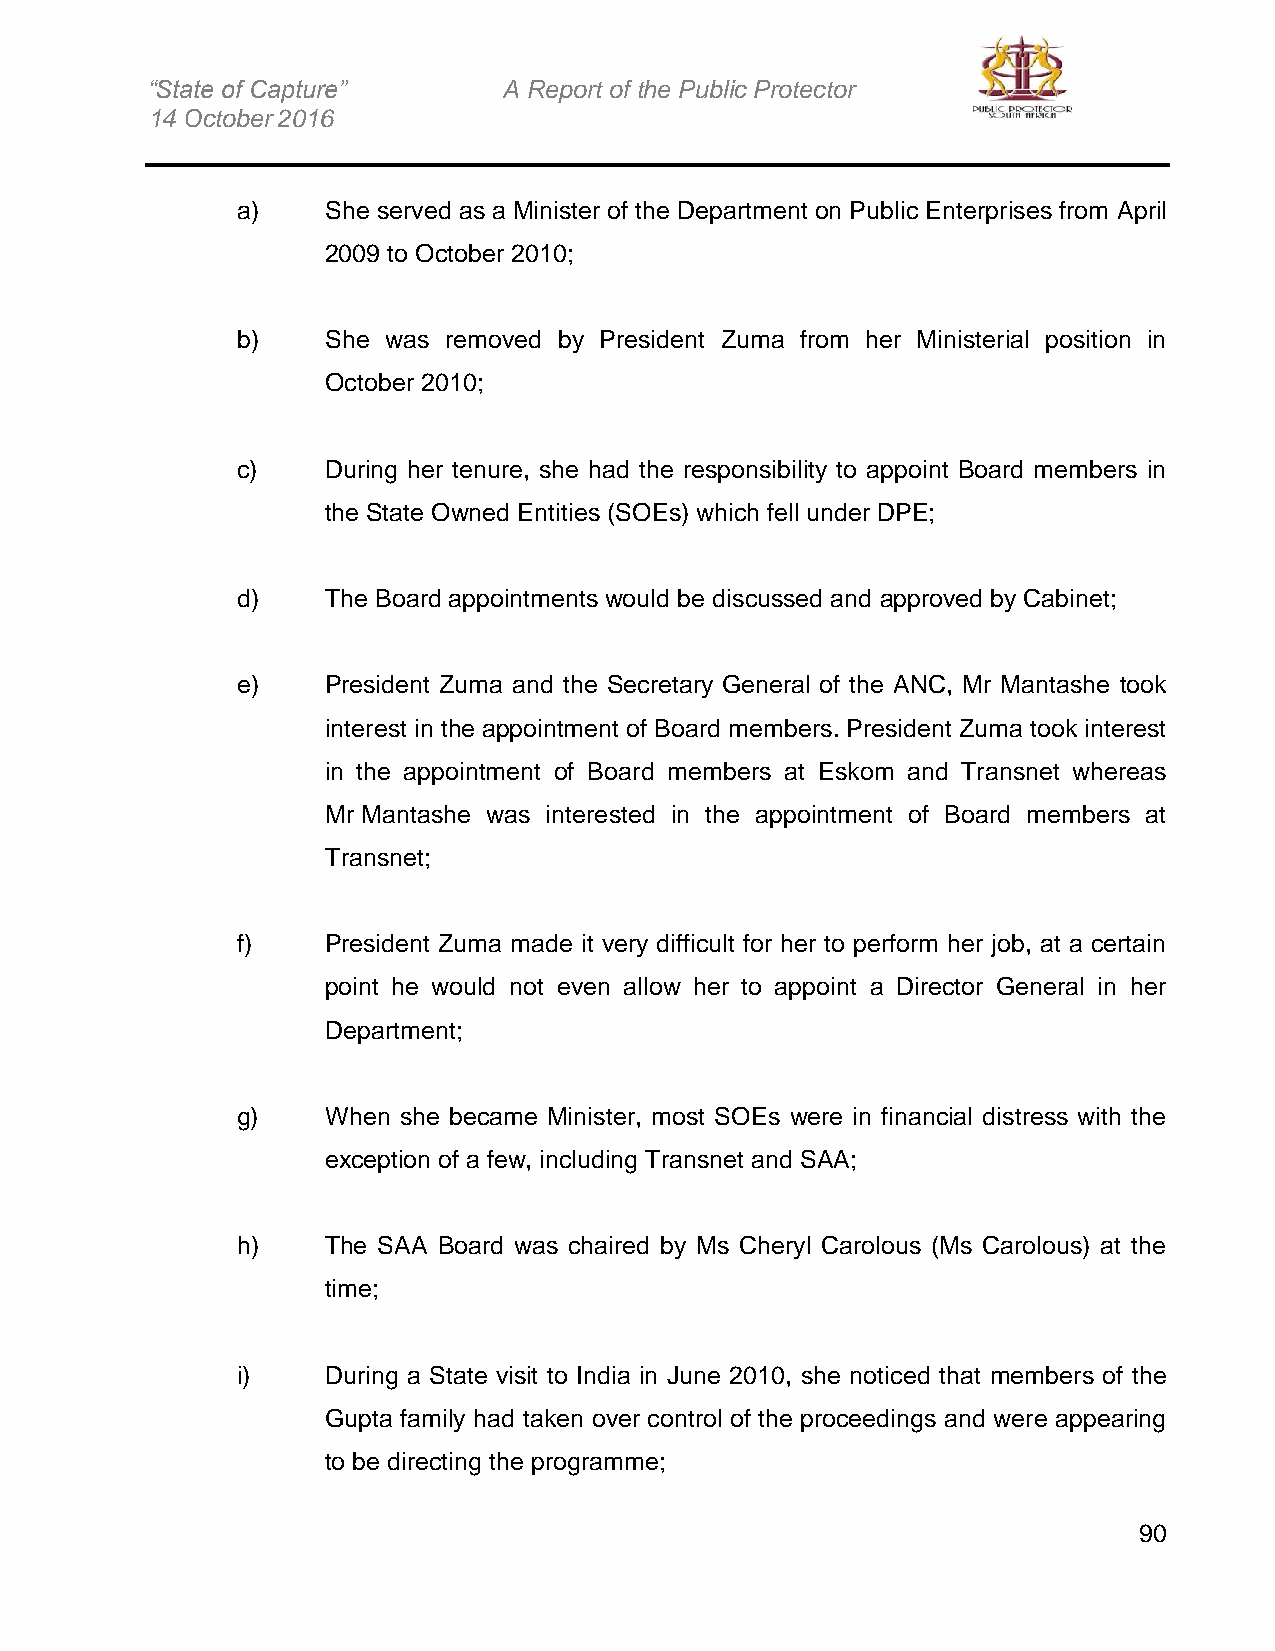
“State of Capture”     A Report of the Public Protector
 14 October 2016
 a)    She served as a Minister of the Department on Public Enterprises from April
 2009 to October 2010;
 b)    She was removed by President Zuma from her Ministerial position in
 October 2010;
 c)    During her tenure, she had the responsibility to appoint Board members in
 the State Owned Entities (SOEs) which fell under DPE;
 d)    The Board appointments would be discussed and approved by Cabinet;
 e)    President Zuma and the Secretary General of the ANC, Mr Mantashe took
 interest in the appointment of Board members. President Zuma took interest
 in the appointment of Board members at Eskom and Transnet whereas
 Mr Mantashe was interested in the appointment of Board members at
 Transnet;
 f)    President Zuma made it very difficult for her to perform her job, at a certain
 point he would not even allow her to appoint a Director General in her
 Department;
 g)    When she became Minister, most SOEs were in financial distress with the
 exception of a few, including Transnet and SAA;
 h)    The SAA Board was chaired by Ms Cheryl Carolous (Ms Carolous) at the
 time;
 i)    During a State visit to India in June 2010, she noticed that members of the
 Gupta family had taken over control of the proceedings and were appearing
 to be directing the programme;
 90